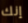
إنك